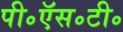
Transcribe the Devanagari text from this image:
पी॰ऍस॰टी॰